Newspaper: The daily Gate City. [volume]
Place of publication: Keokuk, Iowa
Publisher: J.B. Howell
Date: 1860-05-14 00:00:00
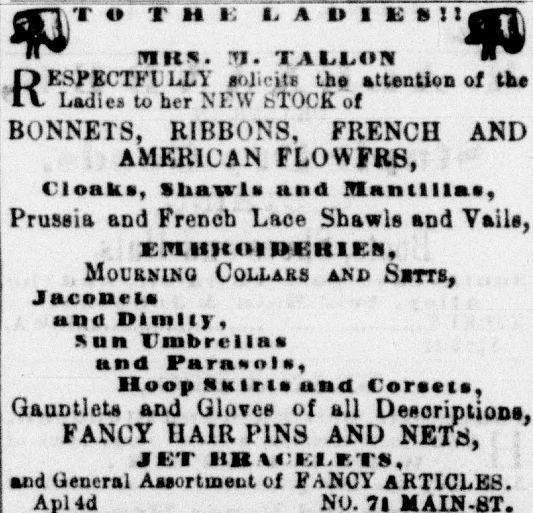
Advertisement text (OCR):
w Rr'ISPECTFlher 14 li A O I K 611 OTR*. vj. TALLON LLY alicits the attention of the Ladies to NTW ,-T'*'K of BONNETS, RIBBONS. FRENCH AMERICAN FLOWFRS, Cloaks, Shawls and fflnntlllas, Prussia and French Lace Shawio aod YaiJj, i EIUIIHOIUKHIKN, :^)|OCAVIKO AND COLLARS AND SNIO^ Jaconcta and Dlmliy, *un Imbrcllaa and ParanoU, lloop Nairn and Corssis, Qaontleu and Giavcd of sail FANCY HAIR FINS ANU NEI^j, JUT liBu il,ri«, and General Assortment of FaNCY ARTICLES.
Label: illustrations